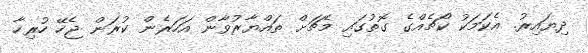
ދިޔައިރު. އެކަމަކު ކޯޗެއްގެ ގޮތުގައި މެޗަށް ތައްޔާރުވާން އަހަރެން ކުރަން ޖެހޭ ހުރިހާ